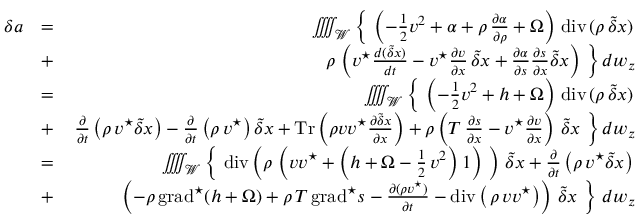
\begin{array} { r l r } { \delta a } & { = } & { \iiiint _ { \mathcal W } \left\{ \ \left( - \frac { 1 } { 2 } { \boldsymbol v } ^ { 2 } + \alpha + \rho \, \frac { \partial \alpha } { \partial \rho } + \Omega \right) \, \mathrm { d i v } \, ( \rho \, \tilde { \delta } \boldsymbol { x } ) \right. } \\ & { + } & { \left. \rho \, \left( { \boldsymbol v } ^ { \star } \frac { d ( \tilde { \delta } \boldsymbol { x } ) } { d t } - { \boldsymbol v } ^ { \star } \frac { \partial { \boldsymbol v } } { \partial \boldsymbol { x } } \, \tilde { \delta } \boldsymbol { x } + \frac { \partial \alpha } { \partial s } \frac { \partial s } { \partial \boldsymbol { x } } { \tilde { \delta } \boldsymbol x } \right) \ \right\} d w _ { \boldsymbol z } } \\ & { = } & { \iiiint _ { \mathcal W } \left\{ \ \left( - \frac { 1 } { 2 } { \boldsymbol v } ^ { 2 } + h + \Omega \right) \, \mathrm { d i v } \, ( \rho \, \tilde { \delta } \boldsymbol { x } ) \right. } \\ & { + } & { \left. \frac { \partial } { \partial t } \left( \rho \, { \boldsymbol v } ^ { \star } \boldsymbol { \tilde { \delta } x } \right) - \frac { \partial } { \partial t } \left( \rho \, { \boldsymbol v } ^ { \star } \right) \boldsymbol { \tilde { \delta } x } + \mathrm { T r } \left( \rho { \boldsymbol v } { \boldsymbol v } ^ { \star } \frac { \partial \tilde { \delta } \boldsymbol { x } } { \partial \boldsymbol { x } } \right) + \rho \left( T \, \frac { \partial s } { \partial x } - { \boldsymbol v } ^ { \star } \frac { \partial { \boldsymbol v } } { \partial { \boldsymbol x } } \right) \, \tilde { \delta } \boldsymbol { x } \ \right\} d w _ { \boldsymbol z } } \\ & { = } & { \iiiint _ { \mathcal W } \left\{ \ \mathrm { d i v } \left( \rho \, \left( { \boldsymbol v } { \boldsymbol v } ^ { \star } + \left( h + \Omega - \frac { 1 } { 2 } \, { \boldsymbol v } ^ { 2 } \right) \boldsymbol 1 \right) \ \right) \, \tilde { \delta } { \boldsymbol x } + \frac { \partial } { \partial t } \left( \rho \, { \boldsymbol v } ^ { \star } \boldsymbol { \tilde { \delta } x } \right) \right. } \\ & { + } & { \left. \left( - \rho \, \mathrm { g r a d } ^ { \star } ( h + \Omega ) + \rho \, T \, \mathrm { g r a d } ^ { \star } s - \frac { \partial ( \rho { \boldsymbol v } ^ { \star } ) } { \partial t } - \mathrm { d i v } \left( \, \rho \, { \boldsymbol v } { \boldsymbol v } ^ { \star } \right) \right) \, \tilde { \delta } { \boldsymbol x } \ \right\} \, d w _ { z } } \end{array}